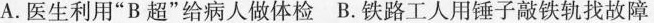
A.医生利用”B超”给病人做体检 B.铁路工人用锤子敲铁轨找故障